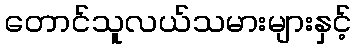
တောင်သူလယ်သမားများနှင့်